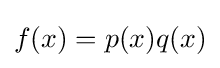
f(x)=p(x)q(x)